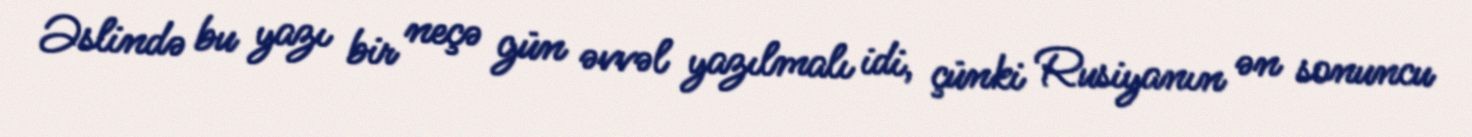
Əslində bu yazı bir neçə gün əvvəl yazılmalı idi, çünki Rusiyanın ən sonuncu